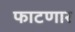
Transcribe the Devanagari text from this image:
फाटणार